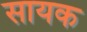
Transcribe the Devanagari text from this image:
सायक